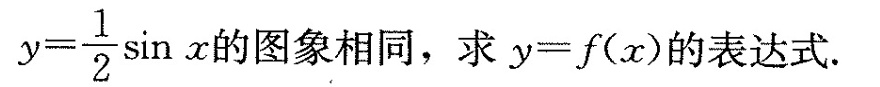
$$y = \frac { 1 } { 2 } \sin x$$ 的图象相同，求 $$y = f ( x )$$的表达式.